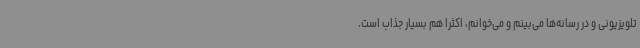
تلویزیونی و در رسانه‌ها می‌بینم و می‌خوانم، اکثرا هم بسیار جذاب است.